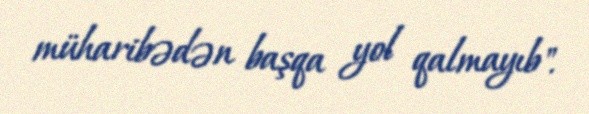
müharibədən başqa yol qalmayıb".